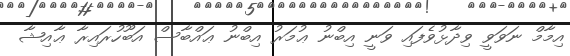
އިމާމް ނަވަވީ ވިދާޅުވެފައި ވަނީ އިބްނު ޢުމަރު އިބްނު ޢައްބާސް އަބޫހުރައިރާ ޢާއިޝާ